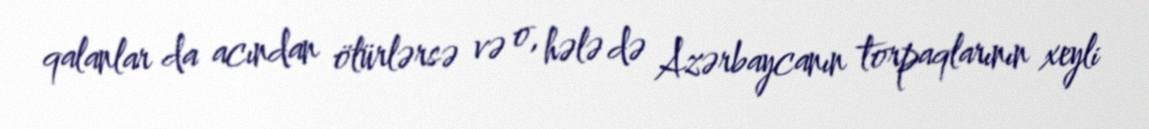
qalanlar da acından ölürlərsə və o, hələ də Azərbaycanın torpaqlarının xeyli